Scottish Certificate of Education, 1963
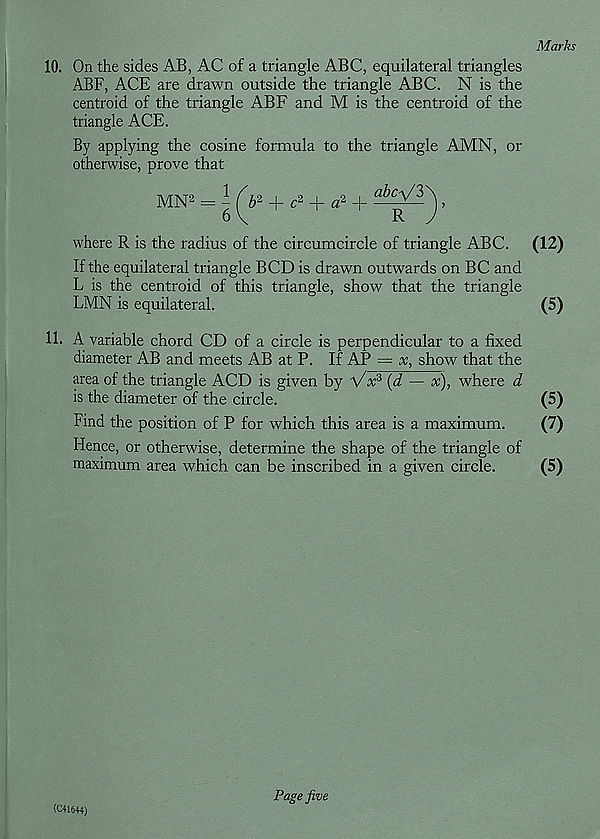
10. On the sides AB, AC of a triangle ABC, equilateral triangles
ABF, ACE are drawn outside the triangle ABC. N is the
centroid of the triangle ABF and M is the centroid of the
triangle ACE.
By applying the cosine formula to the triangle AMN, or
otherwise, prove that
MN 2 = -
6
6 2 + c 2 + a 2
abc'\/3\
R J
where R is the radius of the circumcircle of triangle ABC.
If the equilateral triangle BCD is drawn outwards on BC and
L is the centroid of this triangle, show that the triangle
LMN is equilateral.
11. A variable chord CD of a circle is perpendicular to a fixed
diameter AB and meets AB at P. If AP = x, show that the
area of the triangle ACD is given by Vx 3 (d — x), where d
is the diameter of the circle.
Find the position of P for which this area is a maximum.
Flence, or otherwise, determine the shape of the triangle of
maximum area which can be inscribed in a given circle.
(C41644)
Page five